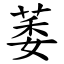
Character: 萎